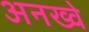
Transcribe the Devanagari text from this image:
अनख्वे